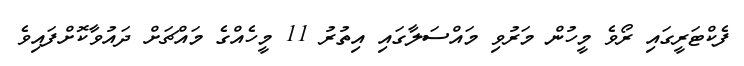
ފެކްޓަރީގައި ރޯވެ މީހުން މަރުވި މައްސަލާގައި އިތުރު 11 މީހެއްގެ މައްޗަށް ދައުވާކޮށްފައިވެ